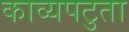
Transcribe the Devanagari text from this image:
काव्यपटुता